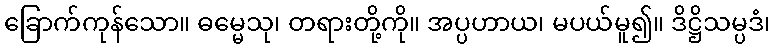
ခြောက်ကုန်သော။ ဓမ္မေသု၊ တရားတို့ကို။ အပ္ပဟာယ၊ မပယ်မူ၍။ ဒိဋ္ဌိသမ္ပဒံ၊